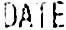
DATE